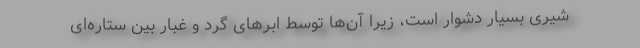
شیری بسیار دشوار است، زیرا آن‌ها توسط ابر‌های گرد و غبار بین ستاره‌ای